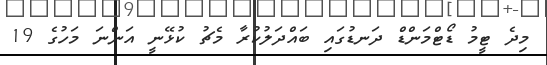
މިދެ ޓީމު ޑޯޓްމަންޑް ދަނޑުގައި ބައްދަލުކުރާ މެޗު ކުޅޭނީ އަންނަ މަހުގެ 19